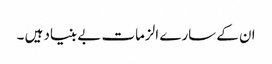
ان کے سارے الزمات بے بنیاد ہیں ۔